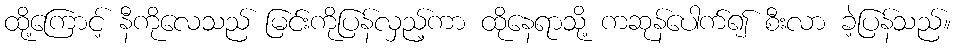
ထို့ကြောင့် နီကိုလေသည် မြင်းကိုပြန်လှည့်ကာ ထိုနေရာသို့ ကဆုန်ပေါက်၍ စီးလာ ခဲ့ပြန်သည်။